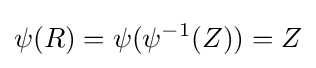
\psi (R)=\psi (\psi ^{-1}(Z))=Z